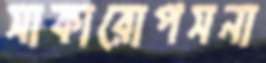
সাকারোপসনা